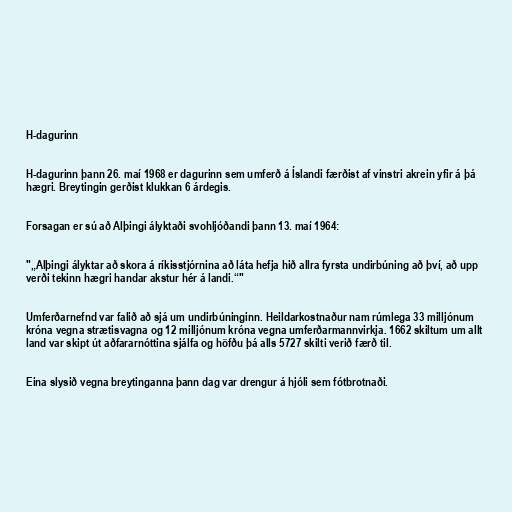
H-dagurinn

H-dagurinn þann 26. maí 1968 er dagurinn sem umferð á Íslandi færðist af vinstri akrein yfir á þá
hægri. Breytingin gerðist klukkan 6 árdegis.

Forsagan er sú að Alþingi ályktaði svohljóðandi þann 13. maí 1964:

"„Alþingi ályktar að skora á ríkisstjórnina að láta hefja hið allra fyrsta undirbúning að því, að upp
verði tekinn hægri handar akstur hér á landi.“"

Umferðarnefnd var falið að sjá um undirbúninginn. Heildarkostnaður nam rúmlega 33 milljónum
króna vegna strætisvagna og 12 milljónum króna vegna umferðarmannvirkja. 1662 skiltum um allt
land var skipt út aðfararnóttina sjálfa og höfðu þá alls 5727 skilti verið færð til.

Eina slysið vegna breytinganna þann dag var drengur á hjóli sem fótbrotnaði.